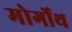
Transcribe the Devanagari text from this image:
मोर्गोथ